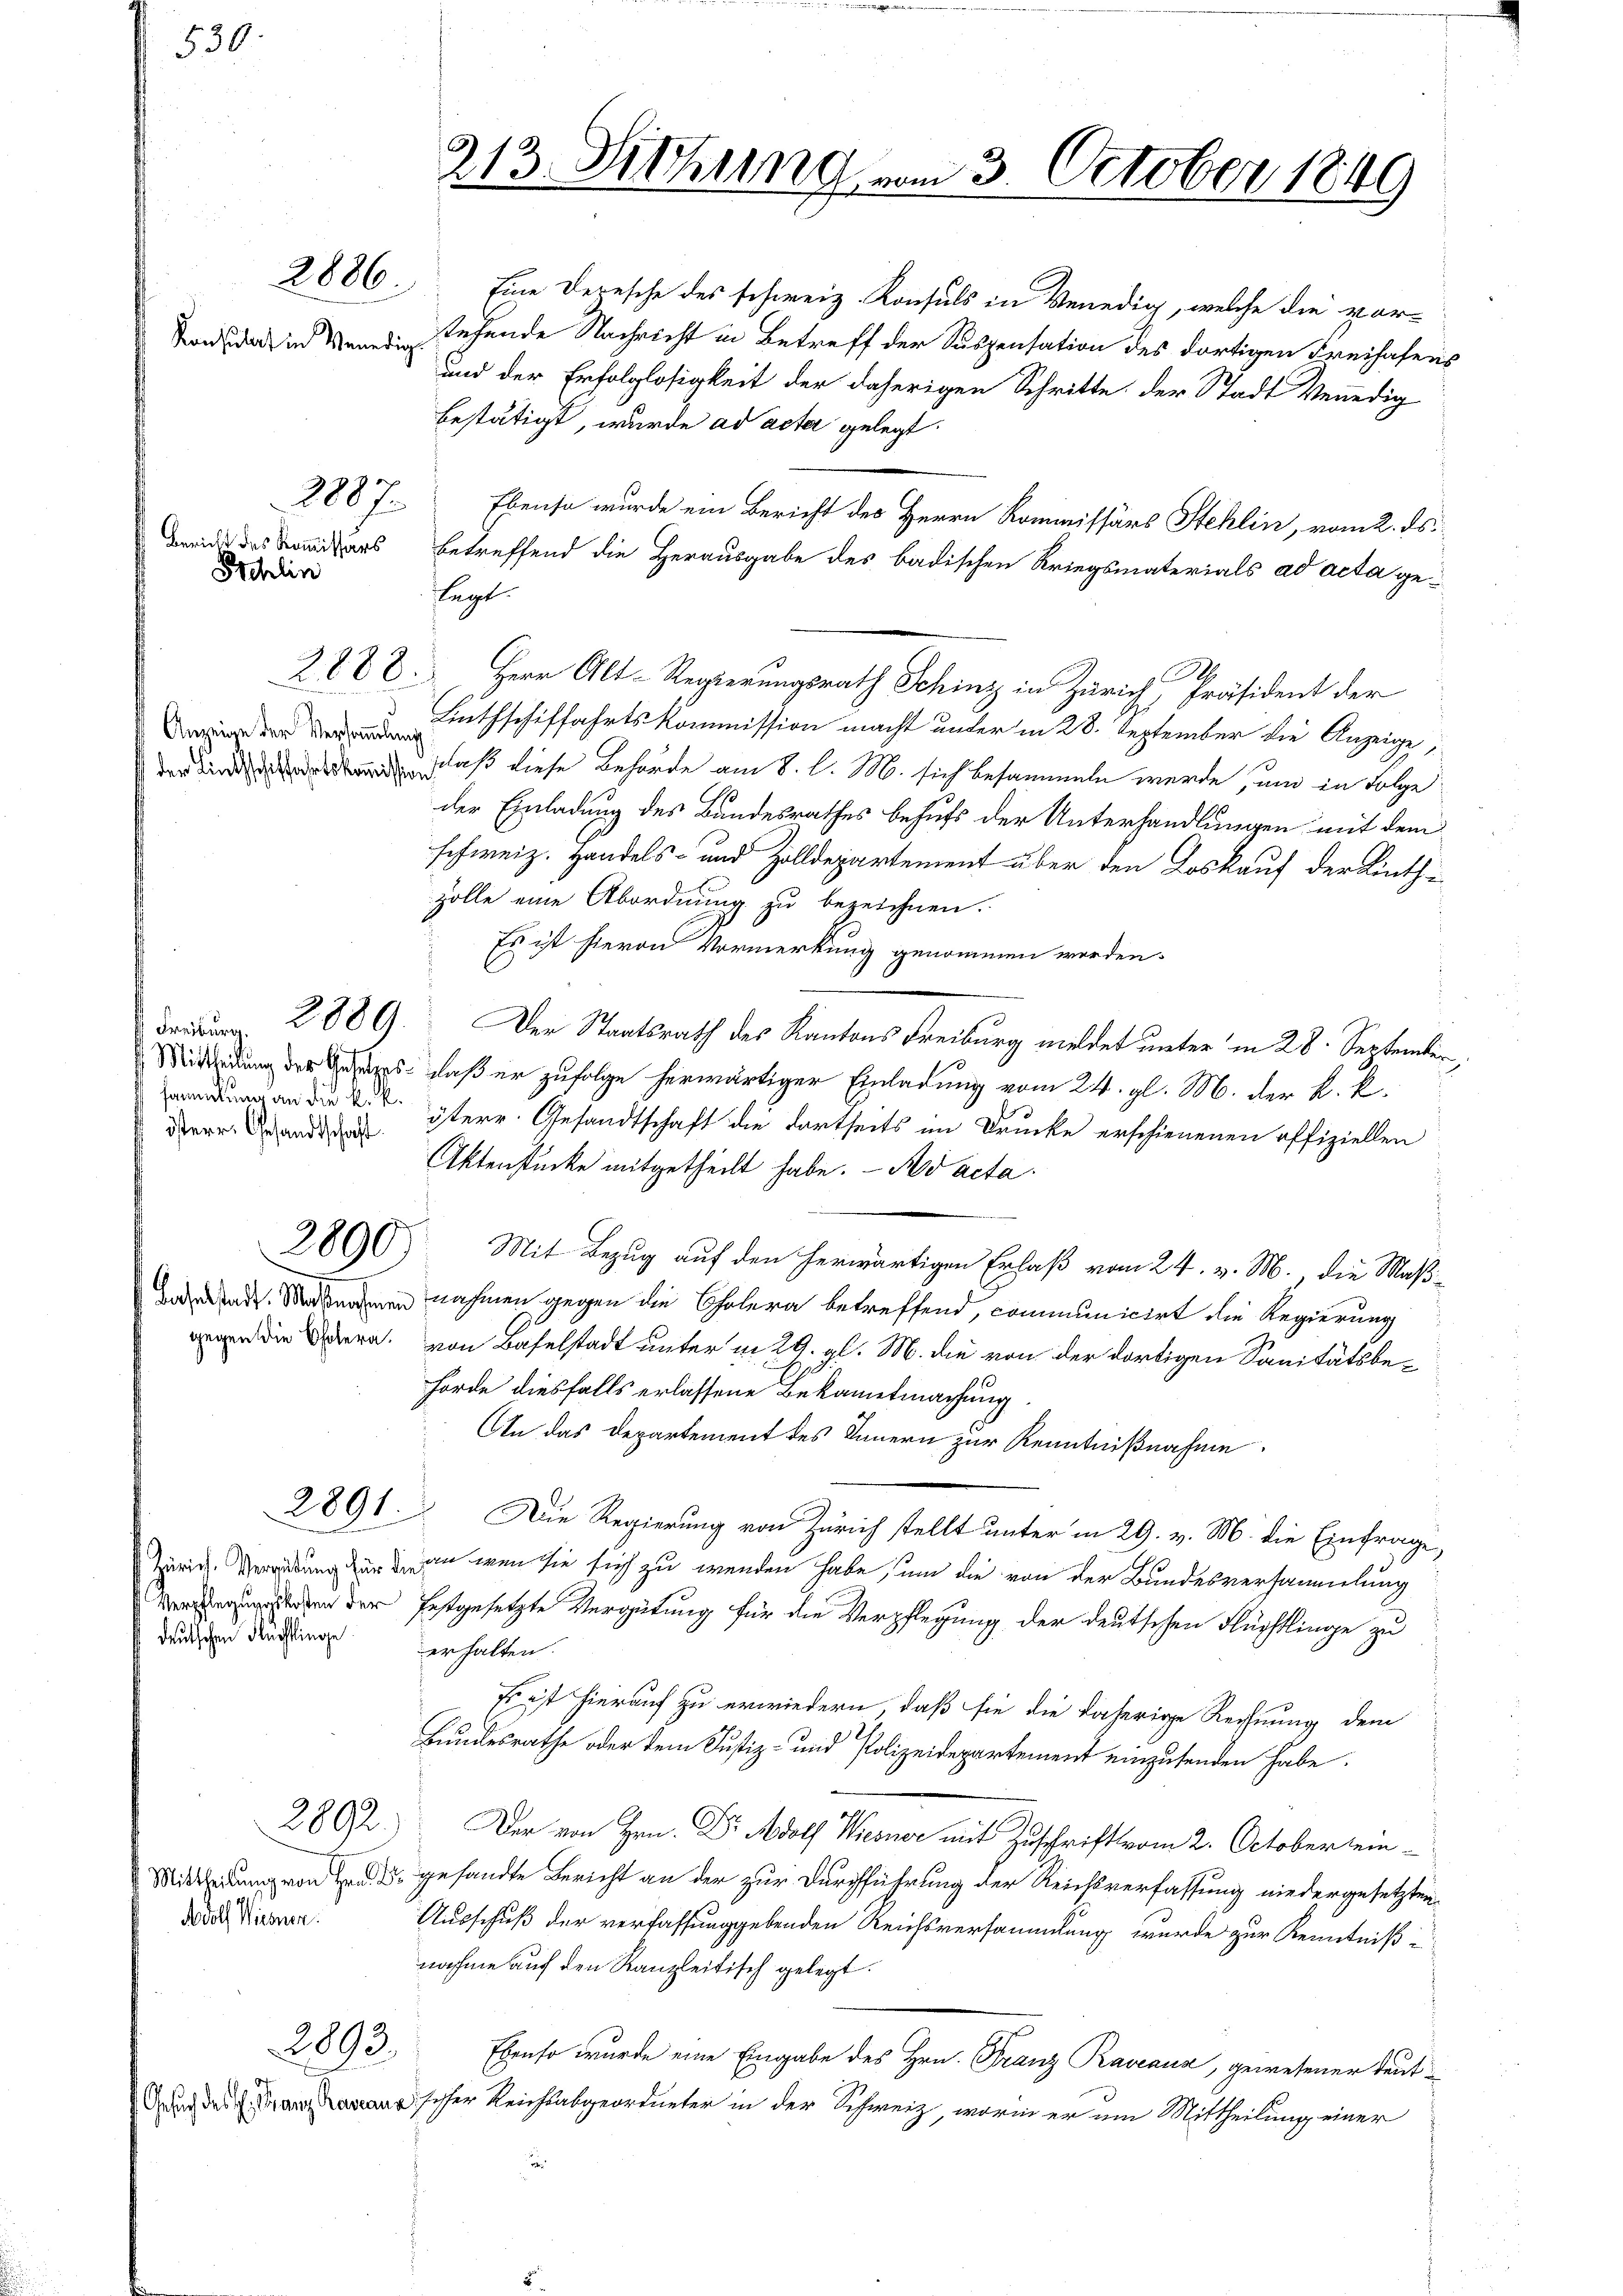
530

Konsulat in Venedig

Schlin

Anzeige der Versammlung

2886.

2007.

2888.

sammlung an die k. k.
österr. Gesandtschaft

2891.

deutschen Ruchlinge

2892.

Adolf Wiesnen.

2893.

Eine Depesche des schweiz. Konsuls in Venedig, welche die vorstehende Nachricht in Betreff der Suspensation des dortigen Freihafens
und der Erfolglosigkeit der daherigen Schritte der Stadt Venedig
bestätigt, wurde ad acta gelegt:
Ebenso wurde ein Bericht des Herrn Kommissärs Stehlin, vom 2. ds.
Breit des Komitars betreffend die Herausgabe des badischen Kriegsmaterials ad acta ge¬
A
Herr Alt-Regierungsrath Schinz in Zürich, Präsident der
Linthschiffahrtskommission macht under in 28. September die Anzeige,
 daß diese Behörde am 8. d. M. sich besammeln werde, um in Folge
der Einladung des Bundesrathes behufs der Unterhandlungen mit dem
schweiz. Handels- und Zolldepartement über den Loskauf der Linthzolle eine Abordnung zu bezeichnen.
Es ist hievon Vormerkung genommen werden.
d 2889. Der Staatsrath des Kantons Freiburg meldet unter in 28. September,
Mitung der Gesetzes, daß er zufolge herwärtiger Einladung vom 24. gl. M. der k. k.
isterr. Gesandtschaft die dortseits im Drucke erschienenen offiziellen
Aktenstücke mitgetheilt habe. - No acta.
2890) Mit Bezug auf den herwärtigen Erlaß vom 24. v. M., die Maß¬
Daende. So namen nahmen gegen die Cholera betreffend, communicirt die Regierung
n die Bern, von Baselstadt unter in 29. gl. M. die von der dortigen Sanitätsbehörde diesfalls erlassene Bekanntmachung
In das Departement des Sauern zur Kenntnißnahme.
Die Regierung von Zürich stellt unter in 29. v. M. die Einfrage,
Zürich. Verandung zur an wenn sie sich zu wenden habe, um die von der Bundesversammlung
sten der festgesetzte Vergütung für die Verpflegung der deutschen Flüchtlinge zu
erhalten.
Es ist hierauf zu erwiedern, daß sie die daherige Rechnung dem
Bundesrathe oder dem Justiz- und Polizeidepartement einzusenden habe.
Der von Hrn. Dr. Adolf Wiesner mit Zuschrift vom 2. October ein
Mitleidung von d. d. gesandte Bericht an der zur Durchführung der Reichsverfassung niedergesetzten
Ausschuß der verfassunggebenden Reichsversammlung wurde zur Kenntniß
nahme auf den Kanzleitisch gelegt.
Ebenso wurde eine Eingabe des Hrn. Franz Raveaus, gewesener deutsher Reichsabgeordneter in der Schweiz, worin er am Mittheilung einer

legt.

213. Siehung vom 3. October 1849